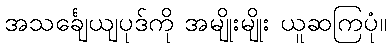
အသင်္ချေယျပုဒ်ကို အမျိုးမျိုး ယူဆကြပုံ။